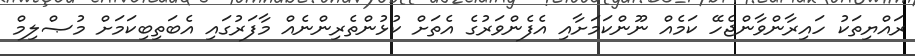
ރައްޔިތަކު ހައިރާންވާންޖެހޭ ކަމެއް ނޫންކަމަށާއި އެފެންވަރުގެ އެތަށް ކުޅުންތެރިންނެއް މާފަރުގައި އެބަތިބިކަމަށް މުޞްލިމް